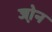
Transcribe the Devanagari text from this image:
जो़न